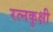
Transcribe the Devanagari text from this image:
रत्नकुक्षी